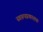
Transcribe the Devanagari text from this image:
स्वरूपप्रकाशक